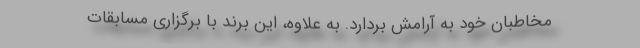
مخاطبان خود به آرامش بردارد. به علاوه، این برند با برگزاری مسابقات